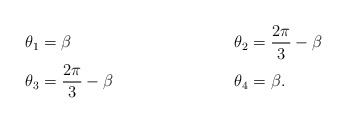
\begin{align*}\theta_1 &= \beta & \theta_2&= \frac{2\pi}{3} - \beta\\\theta_3 &= \frac{2\pi}{3} - \beta & \theta_4 &= \beta.\end{align*}